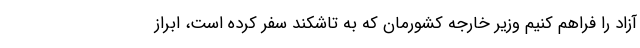
آزاد را فراهم کنیم وزیر خارجه کشورمان که به تاشکند سفر کرده است، ابراز